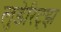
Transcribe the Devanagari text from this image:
लुडेरिट्झ